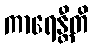
ကာရေန္တီတိ